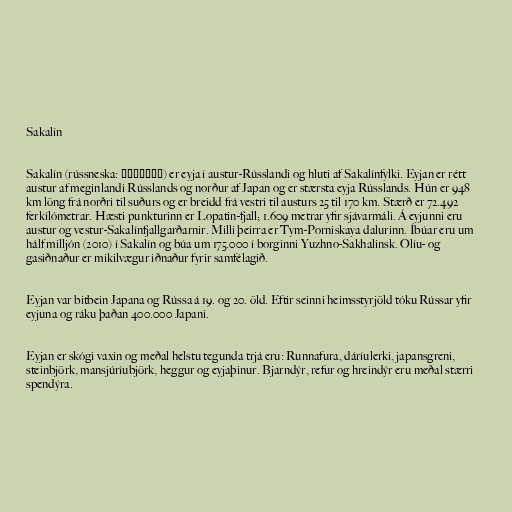
Sakalín

Sakalín (rússneska: Сахалин) er eyja í austur-Rússlandi og hluti af Sakalínfylki. Eyjan er rétt
austur af meginlandi Rússlands og norður af Japan og er stærsta eyja Rússlands. Hún er 948
km löng frá norðri til suðurs og er breidd frá vestri til austurs 25 til 170 km. Stærð er 72.492
ferkílómetrar. Hæsti punkturinn er Lopatin-fjall; 1.609 metrar yfir sjávarmáli. Á eyjunni eru
austur og vestur-Sakalínfjallgarðarnir. Milli þeirra er Tym-Porniskaya dalurinn. Íbúar eru um
hálf milljón (2010) í Sakalín og búa um 175.000 í borginni Yuzhno-Sakhalinsk. Olíu- og
gasiðnaður er mikilvægur iðnaður fyrir samfélagið.

Eyjan var bitbein Japana og Rússa á 19. og 20. öld. Eftir seinni heimsstyrjöld tóku Rússar yfir
eyjuna og ráku þaðan 400.000 Japani.

Eyjan er skógi vaxin og meðal helstu tegunda trjá eru: Runnafura, dáríulerki, japansgreni,
steinbjörk, mansjúríubjörk, heggur og eyjaþinur. Bjarndýr, refur og hreindýr eru meðal stærri
spendýra.